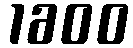
1600